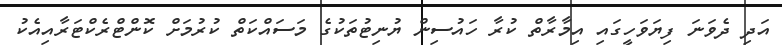
އަދި ދެވަނަ ފިޔަވަހީގައި އިމާރާތް ކުރާ ހައުސިން ޔުނިޓުތަކުގެ މަސައްކަތް ކުރުމަށް ކޮންޓްރެކްޓަރާއިއެކު